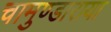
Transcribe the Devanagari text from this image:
चामुण्डाराया